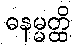
ဓနမ္မတ္ထိ